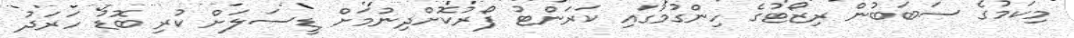
މިކަމުގެ ސަބަބުން ރިޒޯޓުގެ ހިންގުމުގައި ކަރަންޓު ފޯރުކޮށްދިނުމަށް ޑީސަލަށް ކުރި ބޮޑު ހަރަދު